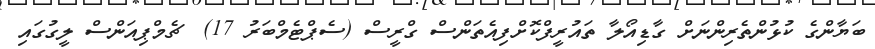
ބަޔާންގެ ކުޅުންތެރިންނަށް ގާޑިއޯލާ ތައުރީފްކޮށްފިއެތަންސް ގްރީސް (ސެޕްޓެމްބަރު 17)  ޗެމްޕިއަންސް ލީގުގައި